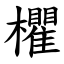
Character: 欋